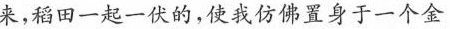
来，稻田一起一伏的，使我仿佛置身于一个金